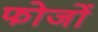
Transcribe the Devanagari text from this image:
फोजों